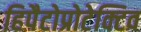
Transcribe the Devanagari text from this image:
हिपैटोप्रोटेक्टिव